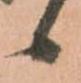
候